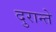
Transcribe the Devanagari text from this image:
दुरान्ते